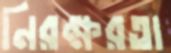
নিরক্ষরতা